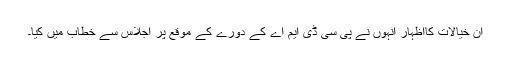
ان خیالات کااظہار انہوں نے پی سی ڈی ایم اے کے دورے کے موقع پر اجلاس سے خطاب میں کیا۔